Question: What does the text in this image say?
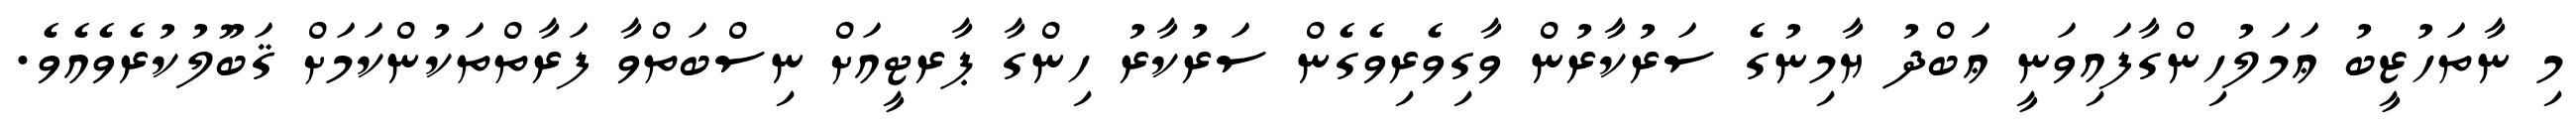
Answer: މި ނާތަހުޒީބު ޢަމަލުހިންގާފައިވަނީ ޢަބްދު ޔާމިނުގެ ސަރުކާރުން ވާގިވެރިވެގެން ސަރުކާރު ހިންގާ ޕާރޓީއަށް ނިސްބަތްވާ ފަރާތްތަކުންކަމަށް ޤަބޫލުކުރެވެއެވެ.